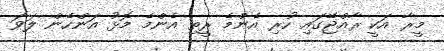
މީރާ އަކީ ރާއްޖޭގައި ހުރި އެންމެ ރީތި އެންމެ މޮޅު އަންހެން ލަވަ